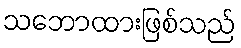
သဘောထားဖြစ်သည်